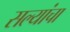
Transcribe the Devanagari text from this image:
सल्यांचा